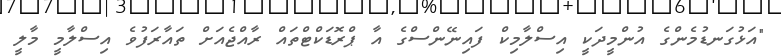
"އަޅުގަނޑުމެންގެ އުންމީދަކީ އިސްލާމިކް ފައިނޭންސްގެ އާ ޕްރޮޑަކްޓްތައް ރާއްޖެއަށް ތައާރަފުވެ އިސްލާމީ މާލީ